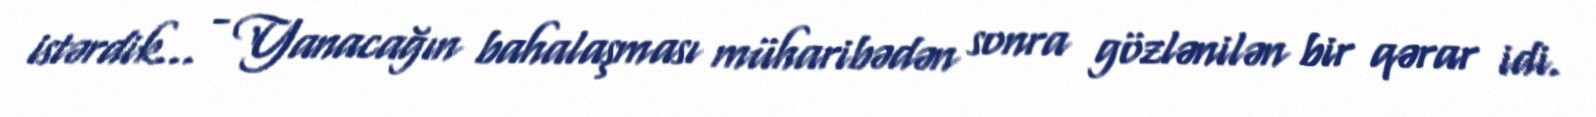
istərdik... - Yanacağın bahalaşması müharibədən sonra gözlənilən bir qərar idi.